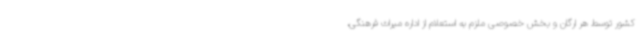
کشور توسط هر ارگان و بخش خصوصی ملزم به استعلام از اداره میراث فرهنگی،